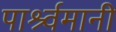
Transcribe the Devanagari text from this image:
पार्श्र्वमानी